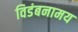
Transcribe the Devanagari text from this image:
विडंबनामय